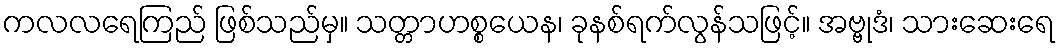
ကလလရေကြည် ဖြစ်သည်မှ။ သတ္တာဟစ္စယေန၊ ခုနစ်ရက်လွန်သဖြင့်။ အဗ္ဗုဒံ၊ သားဆေးရေ